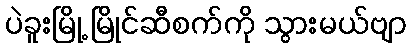
ပဲခူးမြို့ မြိုင်ဆီစက်ကို သွားမယ်ဗျာ